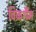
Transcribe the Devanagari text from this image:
विकर्शैम